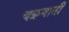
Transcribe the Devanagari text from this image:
चक्रमाती